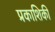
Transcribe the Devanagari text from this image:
प्रकाशिकी